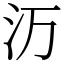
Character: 𬇕